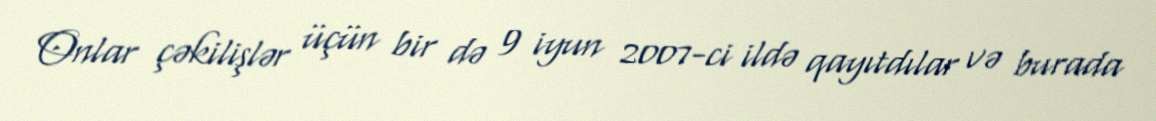
Onlar çəkilişlər üçün bir də 9 iyun 2007-ci ildə qayıtdılar və burada